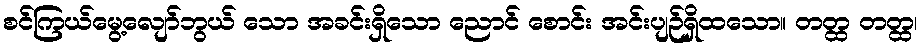
စင်ကြယ်မွေ့လျော်ဘွယ် သော အခင်းရှိသော ညောင် စောင်း အင်းပျဉ်ရှိထသော။ တတ္ထ တတ္ထ၊